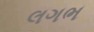
લગભ